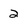
Character: 2